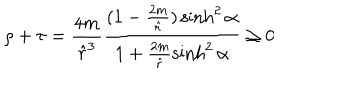
\rho + \tau = \frac { 4 m } { { \hat { r } } ^ { 3 } } \frac { ( 1 - \frac { 2 m } { \hat { r } } ) \sinh ^ { 2 } \alpha } { 1 + \frac { 2 m } { \hat { r } } \sinh ^ { 2 } \alpha } \ge 0